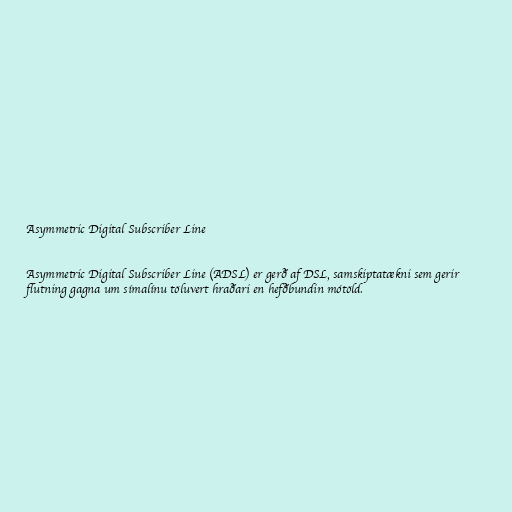
Asymmetric Digital Subscriber Line

Asymmetric Digital Subscriber Line (ADSL) er gerð af DSL, samskiptatækni sem gerir
flutning gagna um símalínu töluvert hraðari en hefðbundin mótöld.